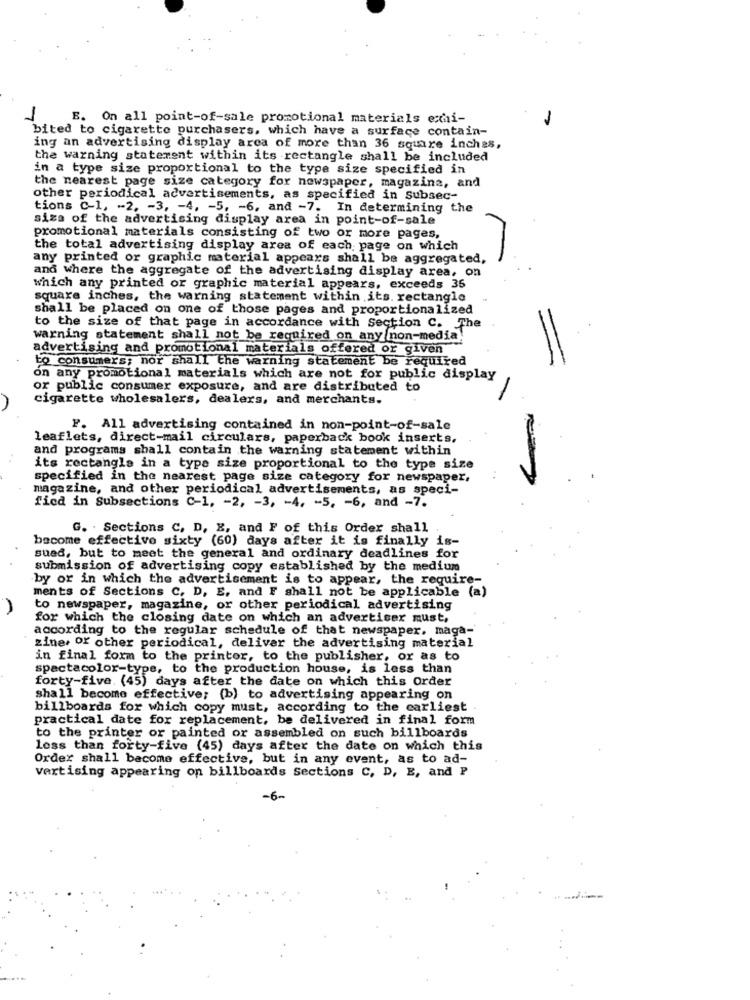
1
E. On all point-of-sale promotional materials ehi-
1
bited to cigarette purchasers, which have a surface contain-
ing an advertising display area of more than 36 square inches,
the warning statement within its rectangle shall be included
in a type size proportional to the type size specified in
the nearest page size category for newspaper, magazine, and
other periodical advertisements, as specified in subsec-
tions C-1, -- 2. - 3, - 4, - 5. - 6, and -7. In determining the
siza of the advertising display area in point-of-sale
promotional materials consisting of two or more pages,
the total advertising display area of each page on which
any printed or graphic material appears shall be aggregated,
and where the aggregate of the advertising display area, on
which any printed or graphic material appears, exceeds 36
square inches, the warning statement within its. rectangle
shall be placed on one of those pages and proportionalized
to the size of that page in accordance with Section C. The
warning statement shall not be required on any non-media!
advertising and promotional materials offered or given
to consumers; nor shall the warning statement be required
on any promotional materials which are not for public display
or public consumer exposure, and are distributed to
cigarette wholesalers, dealers, and merchants.
F. All advertising contained in non-point-of-sale
leaflets, direct-mail circulars, paperback book inserts,
and programs shall contain the warning statement within
its rectangle in a type size proportional to the type size
specified in the nearest page size category for newspaper,
magazine, and other periodical advertisements, as speci-
fied in Subsections C-1, - 2, - 3, - 4. - 5. - 6, and -7.
G. . Sections C, D, E, and F of this Order shall
become effective sixty (60) days after it is finally is-
sued, but to meet the general and ordinary deadlines for
submission of advertising copy established by the medium
by or in which the advertisement is to appear, the require-
ments of Sections C, D, E, and F shall not be applicable (a)
A
to newspaper, magazine, or other periodical advertising
for which the closing date on which an advertiser must,
according to the regular schedule of that newspaper, maga-
zine, or other periodical, deliver the advertising material
in final form to the printer, to the publisher, or as to
spactacolor-type, to the production house, is less than
forty-five. (45) days after the date on which this Order
shall become effective; (b) to advertising appearing on
billboards for which copy must, according to the carliest
practical date for replacement, be delivered in final form
to the printer or painted or assembled on such billboards
less than forty-five (45) days after the date on which this
Order shall bacome effective, but in any event, as to ad-
vertising appearing on billboards sections C, D, E, and P
-6-